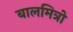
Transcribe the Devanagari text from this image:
बालमित्रो